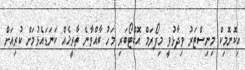
އިކޮނޮމިކް މިނިސްޓަރު ވިދާޅުވީ މިފޯރަމް އޮކްޓޯބަރި މަހު ބާއްވާނެ ތާރީޚެއް ކަނަޑައެޅުމަށް ކުރިއަށް